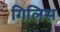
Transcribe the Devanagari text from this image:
गिलिस